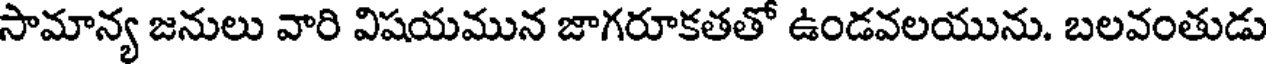
సామాన్య జనులు వారి విషయమున జాగరూకతతో ఉండవలయును. బలవంతుడు